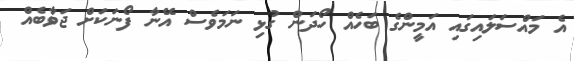
އެ މައްސަލަައިގައި އަމީންގެ ބަހެއް ހޯދަން ގުޅި ނަމަވެސް އޭނާ ފޯނަކަށް ޖަވާބެއް